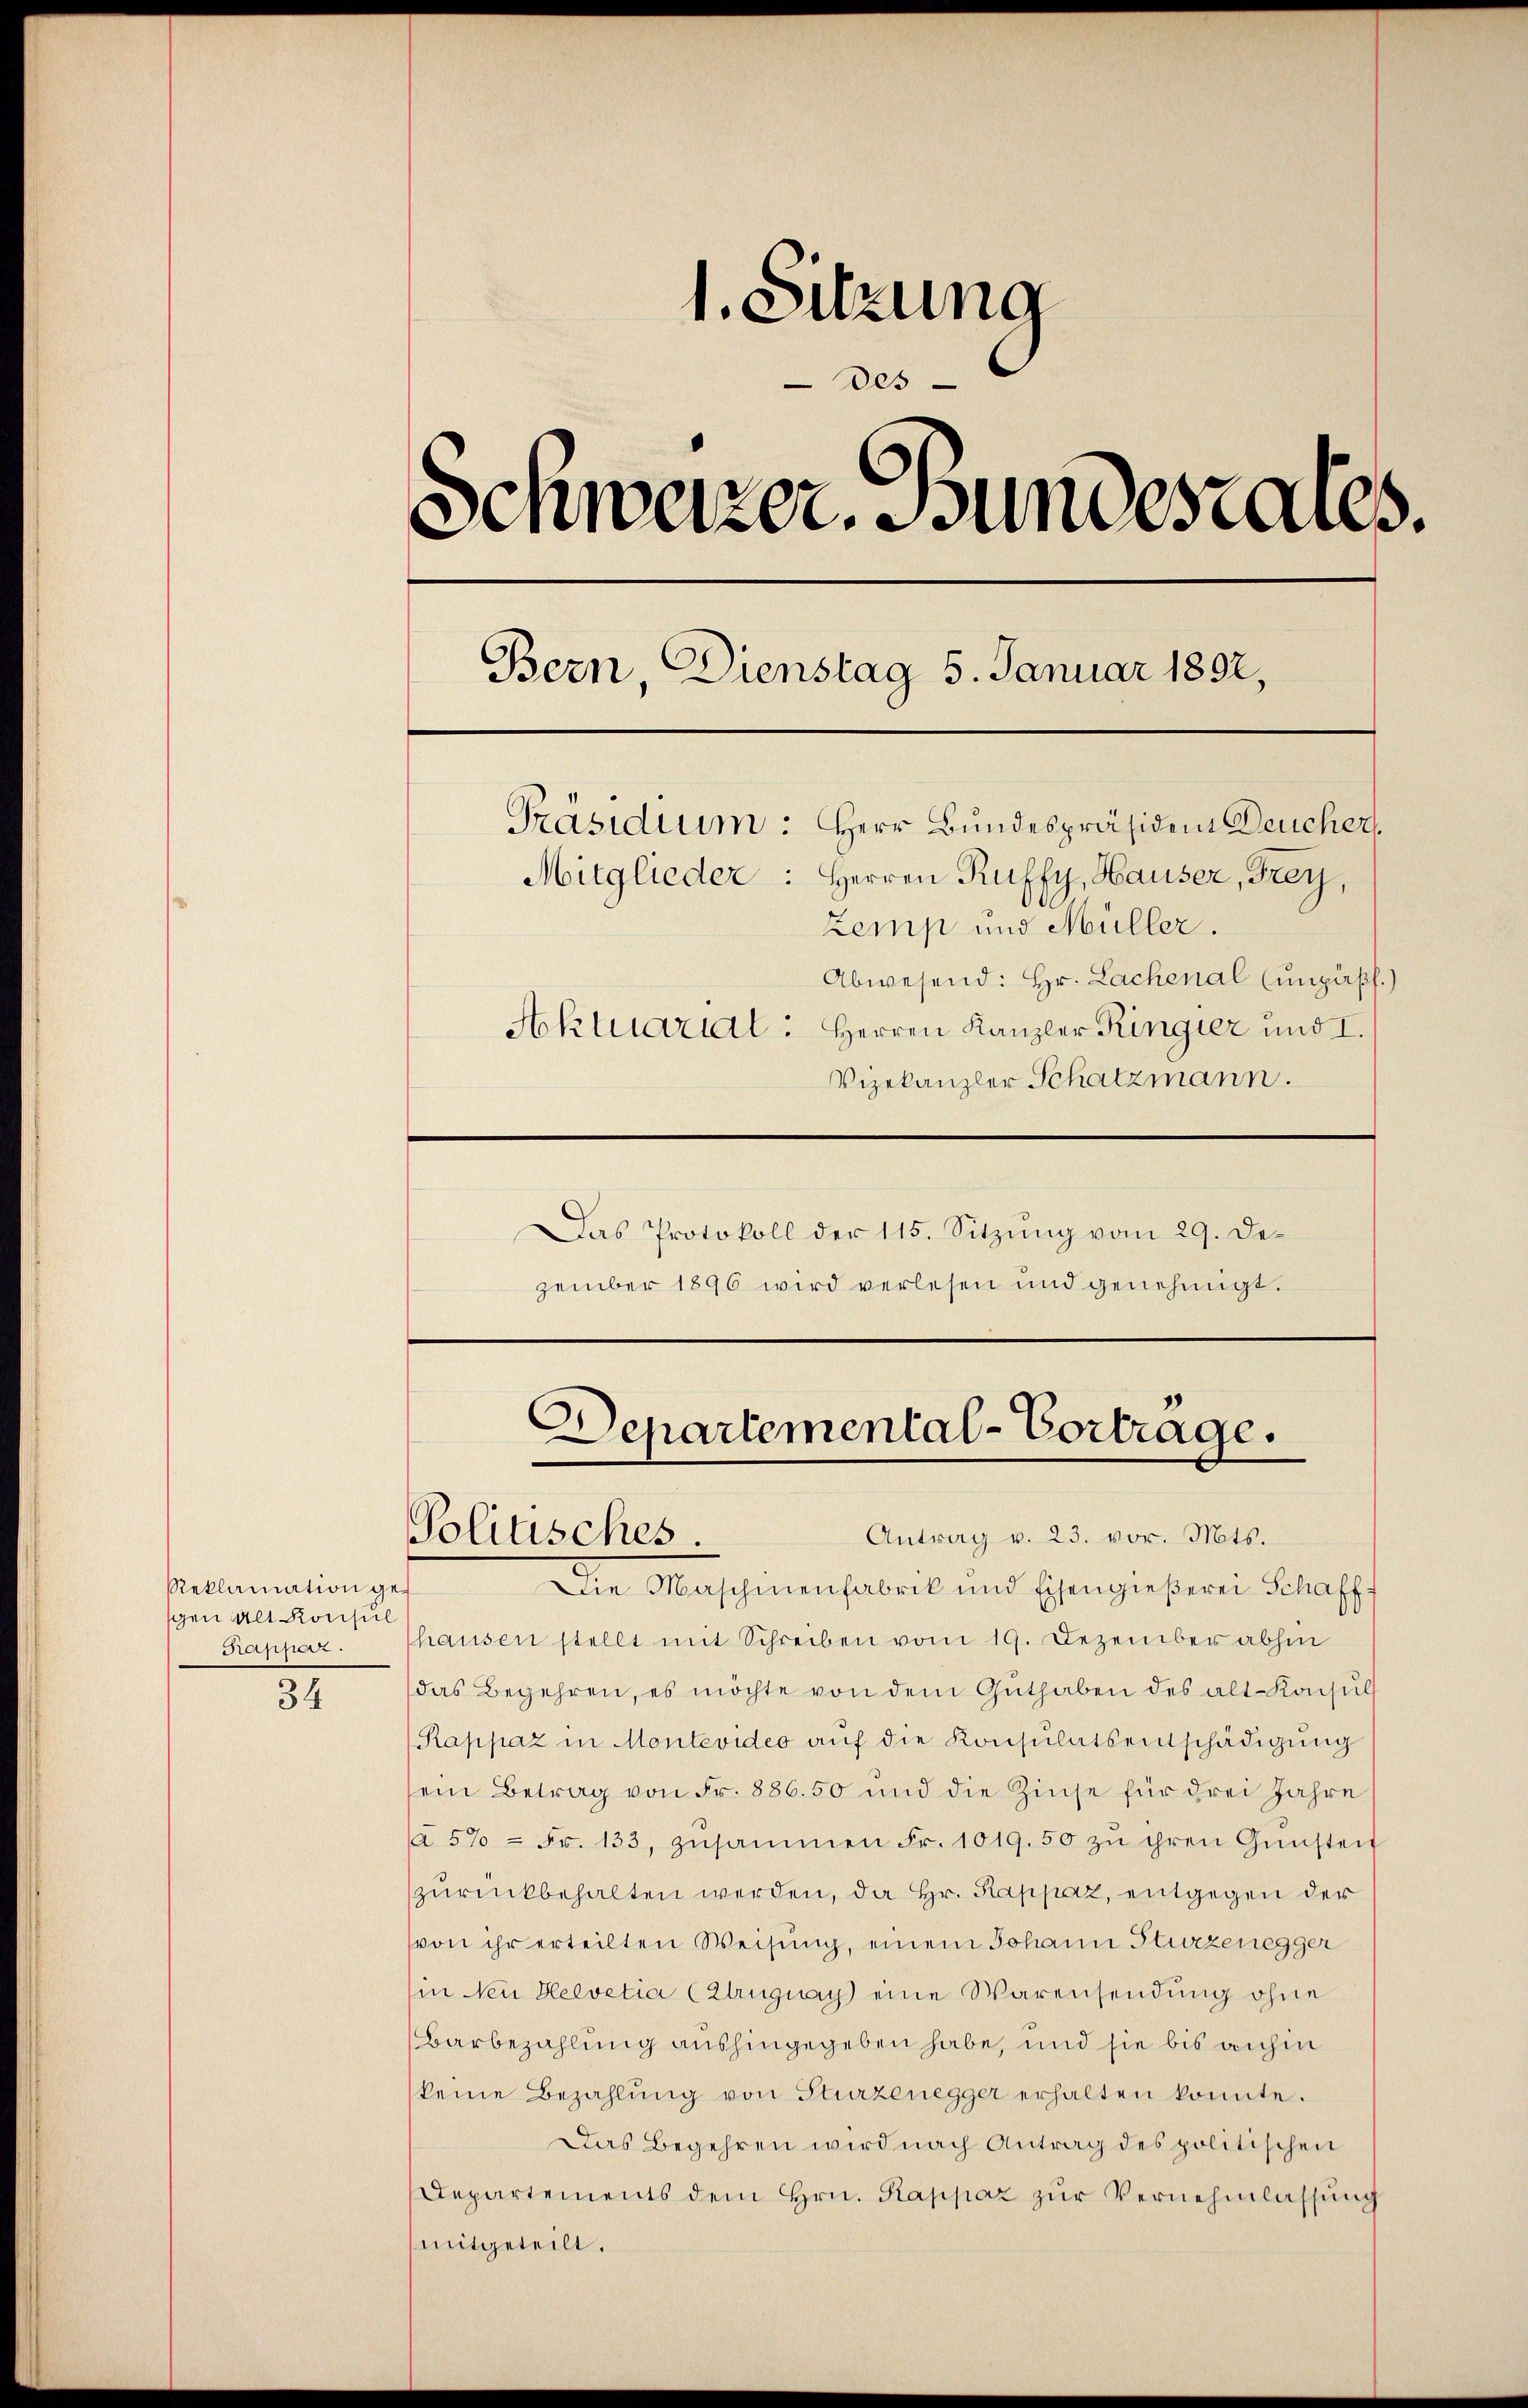
Reklamation gegen Alt Konsul
Rapperz.

34

1. Sitzung
des
Schweizer. Bundesrates.
Bern, Dienstag 5. Januar 1892,
Präsidium: Herr Bundespräsident Deucher,
Mitglieder: Herren Ruffy, Hauser, Frey,
Zemp und Müller.
Abwesend: Hr. Lachenal (unzapf.)
Aktuaril: Herren Kanzler Ringier und I.
Vizekanzler Schatzmann.
Das Protokoll der 115. Sitzŭng vom 29. De-
zember 1896 wird verlesen und genehmigt.

Departemental-Vortrage.
Antrag v. 23. vor. Mts.
Politisches.
Die Maschinenfabrik und Eisengieβerei Schaff

hausen stellt mit Schreiben vom 19. Dezember abhin
das Begehren, es möchte von dem Guthaben des alt. Konsul
Rappaz in Montevideo aŭf die Konsulatsentschädigŭng
sein Betrag von Fr. 886. 50 und die Zinse für drei Jahre
(a 57 = Fr. 133, zusammen Fr. 1019.50 zu ihren Gŭnsten
zŭrückbehalten werden, da Hr. Rappaz, entgegen der
von ihr erteilten Weisung, einem Johann Sturzenegger
Ein Neu Helvetia (Zuguay eine Warensendung ohne
Barbezahlung aushingegeben habe, und sie bis anhin
keine Bezahlŭng von Sturzenegger erhalten konnte.
Das Begehren wird nach Antrag des politischen
Departements dem Hrn. Kappaz zŭr Vernehmlassung
mitgeteilt.